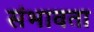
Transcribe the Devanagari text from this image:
संभावता